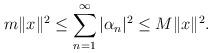
LaTeX: \begin{align*} m \|x\|^2 \leq \sum\limits_{n=1}^{\infty} |\alpha_n|^2 \leq M \|x\|^2.\end{align*}